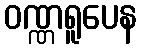
ဝဏ္ဏရူပေန